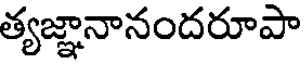
త్యజ్ఞానానందరూపా